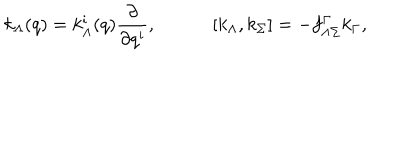
k _ { \Lambda } ( q ) = k _ { \Lambda } ^ { i } ( q ) { \frac { \partial } { \partial q ^ { i } } } , \quad \quad \quad [ k _ { \Lambda } , k _ { \Sigma } ] = - f _ { \Lambda \Sigma } ^ { \Gamma } k _ { \Gamma } ,